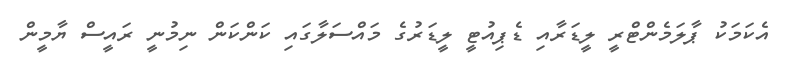
އެކަމަކު ޕާލަމެންޓްރީ ލީޑަރާއި ޑެޕިއުޓީ ލީޑަރުގެ މައްސަލާގައި ކަންކަން ނިމުނީ ރައީސް ޔާމީން